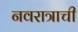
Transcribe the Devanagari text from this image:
नवरात्राची